65_HS1-834228961_62-HQ-83894_Serial_153
Agency: FBI
Page 8
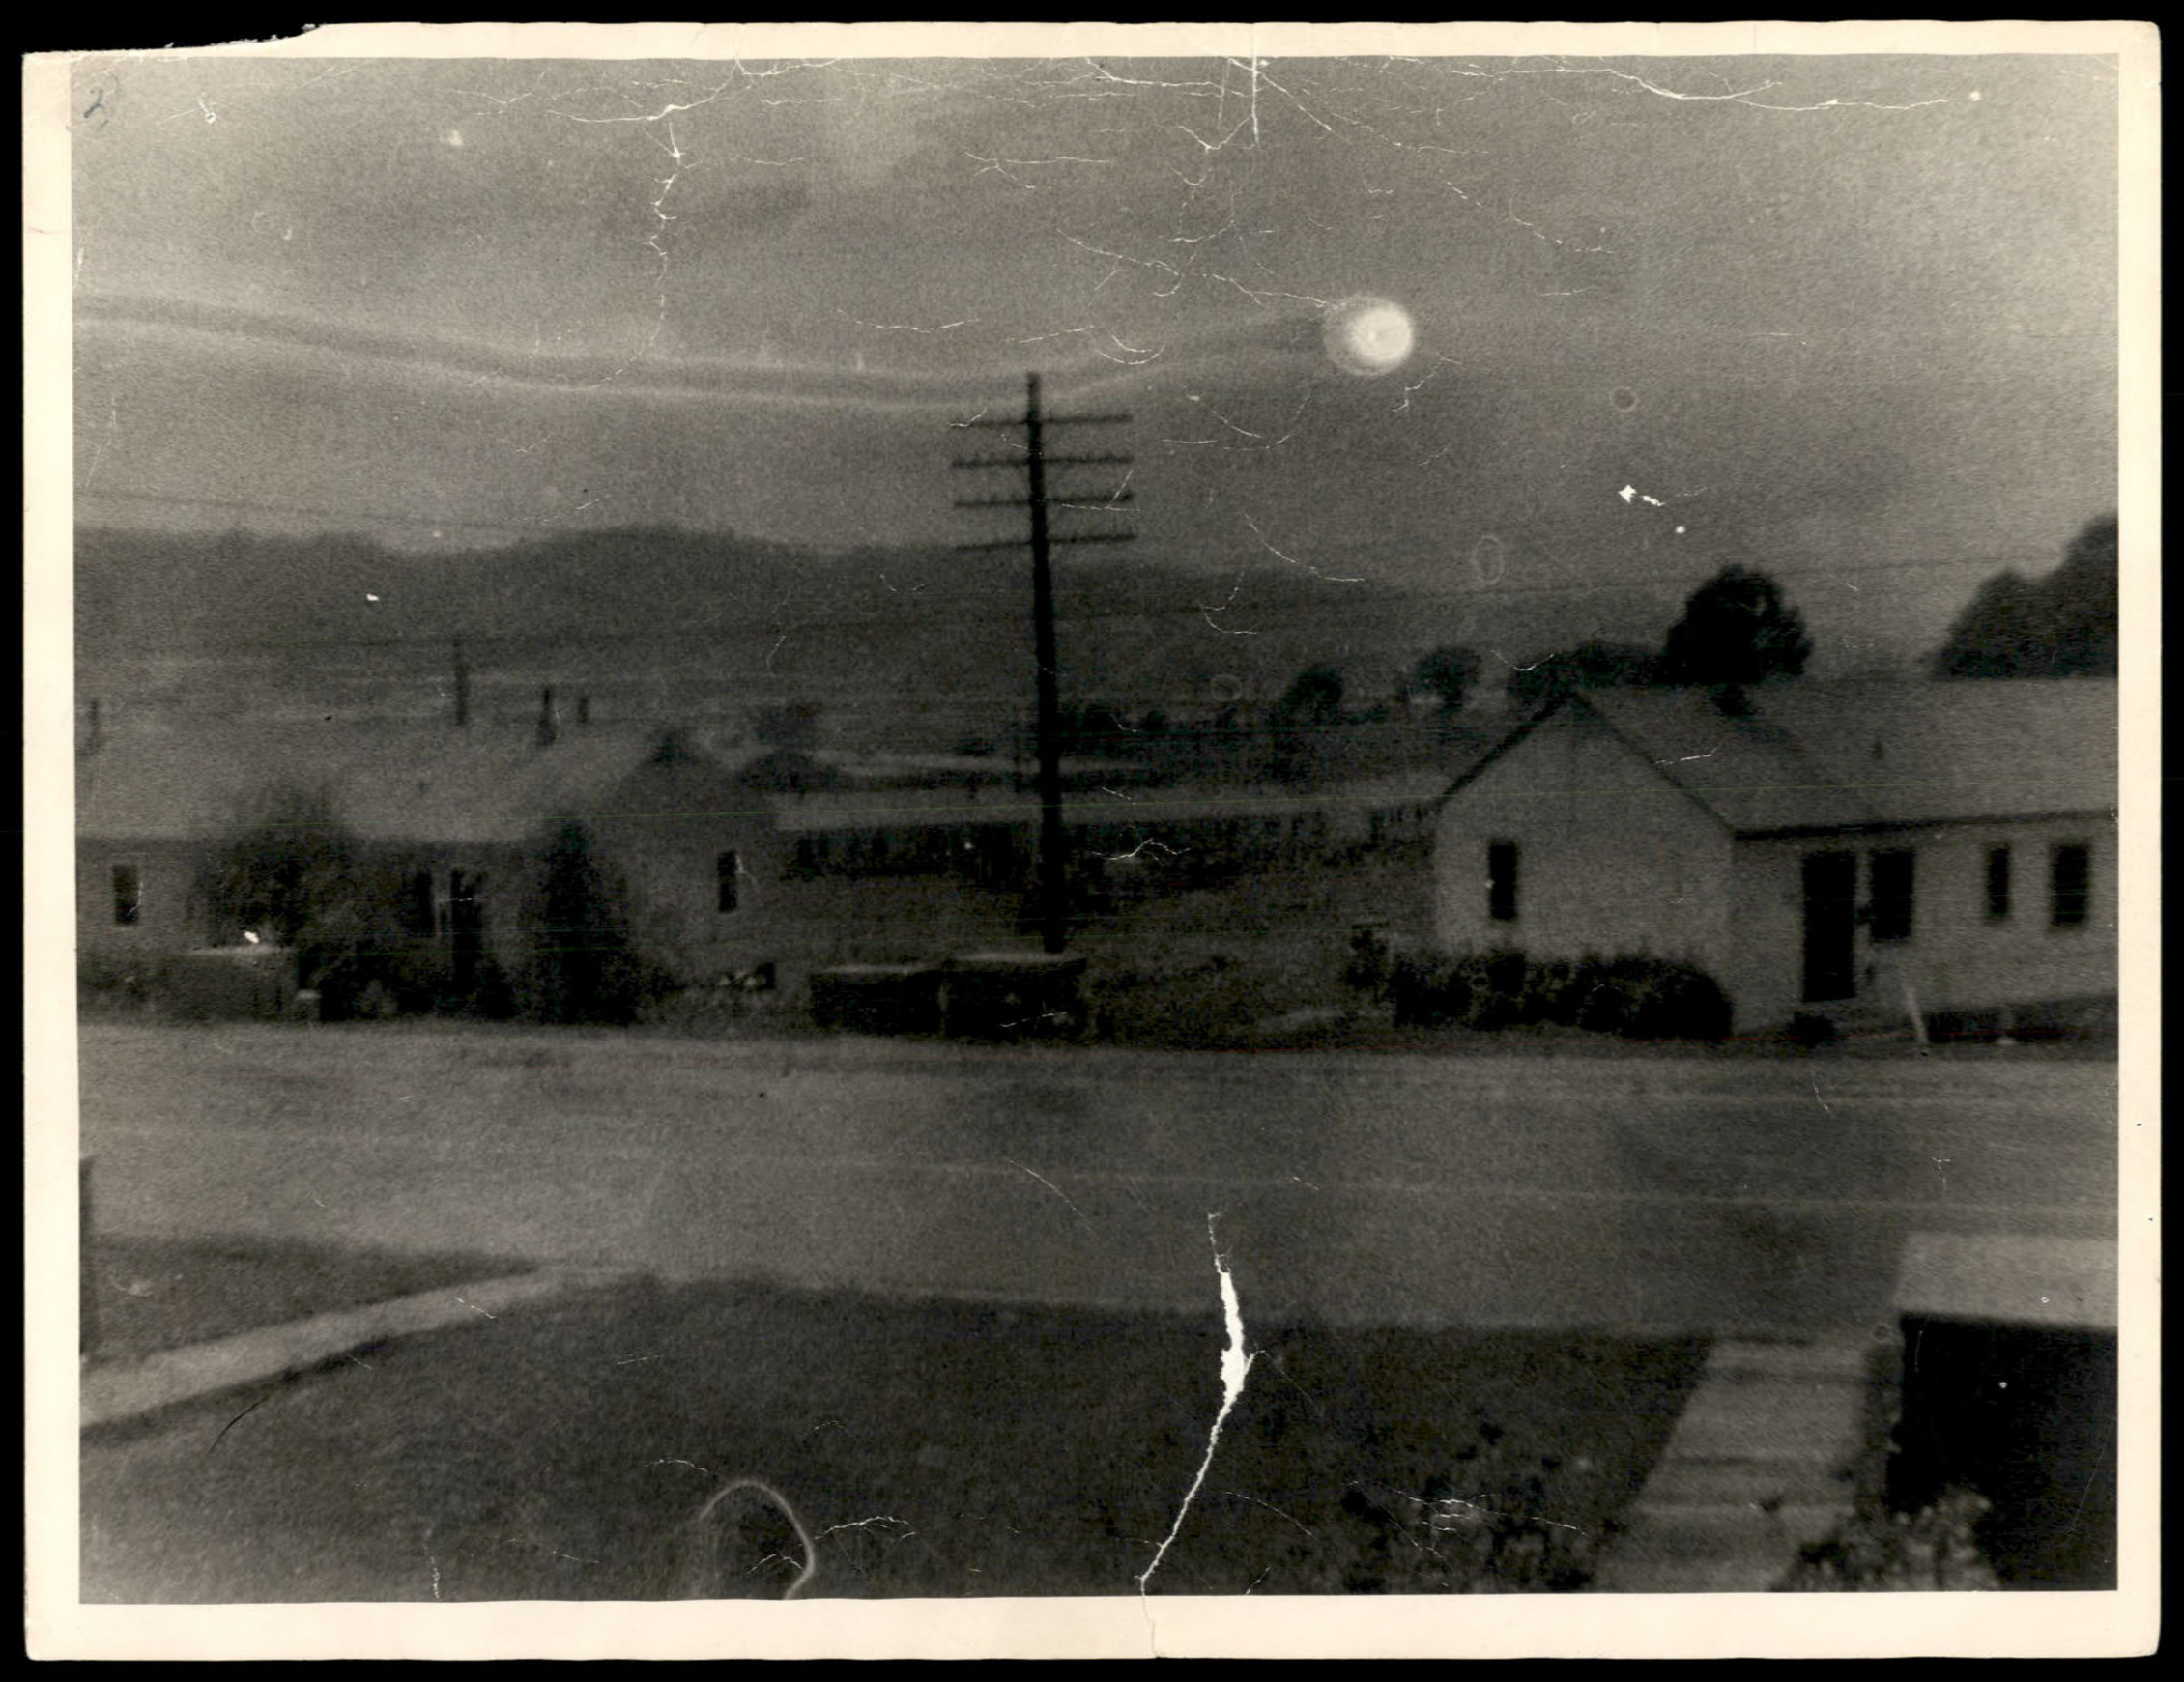